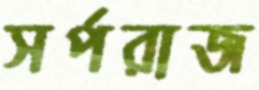
সর্পরাজ